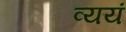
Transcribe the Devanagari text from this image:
व्ययं